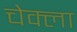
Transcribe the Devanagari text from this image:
चेक्ला